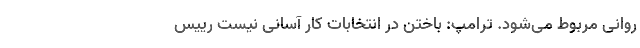
روانی مربوط می‌شود. ترامپ: باختن در انتخابات کار آسانی نیست رییس